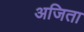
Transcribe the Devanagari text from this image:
अजिता